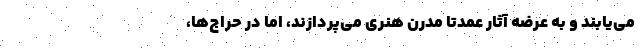
می‌یابند و به عرضه آثار عمدتاً مدرن هنری می‌پردازند، اما در حراج‌ها،